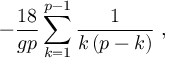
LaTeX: - \frac { 1 8 } { g p } \sum _ { k = 1 } ^ { p - 1 } \frac { 1 } { k \left( p - k \right) } \; ,